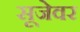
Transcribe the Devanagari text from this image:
सूजेवर